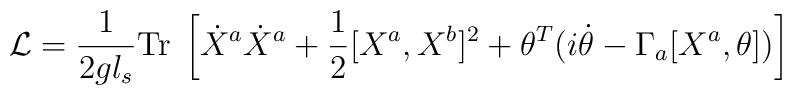
{\cal L} = \frac{1}{2gl_s}  {\rm Tr}\; \left[\dot{X}^a \dot{X}^a+\frac{1}{2}[X^a, X^b]^2 + \theta^T (i \dot{\theta}-\Gamma_a[X^a, \theta]) \right]